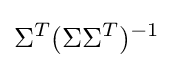
\Sigma ^{T}(\Sigma \Sigma ^{T})^{-1}